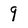
Character: 9